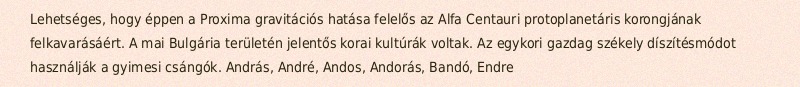
Lehetséges, hogy éppen a Proxima gravitációs hatása felelős az Alfa Centauri protoplanetáris korongjának felkavarásáért. A mai Bulgária területén jelentős korai kultúrák voltak. Az egykori gazdag székely díszítésmódot használják a gyimesi csángók. András, André, Andos, Andorás, Bandó, Endre